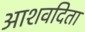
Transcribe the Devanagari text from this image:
आशवदिता